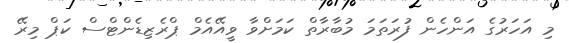
މި އަހަރުގެ އަންހެން ފުރަތަމަ މުބާރާތް ކަމަށްވާ ވީއޭއެމް ޕްރެޒިޑެންޓްސް ކަޕް މިރޭ